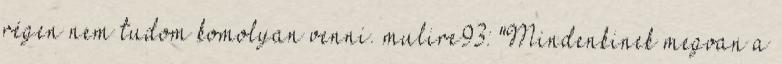
régen nem tudom komolyan venni. mulire93: "Mindenkinek megvan a